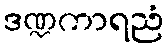
ဒဏ္ဍကာရညံ